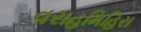
વરાહમિહિરા